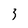
Character: 3